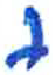
אות: י